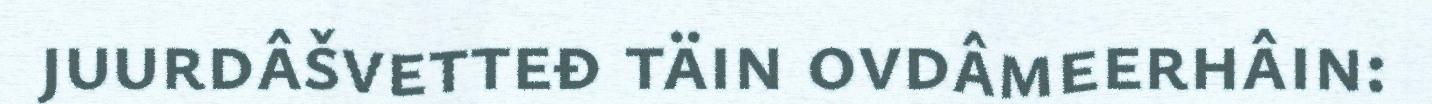
juurdâšvetteđ täin ovdâmeerhâin: